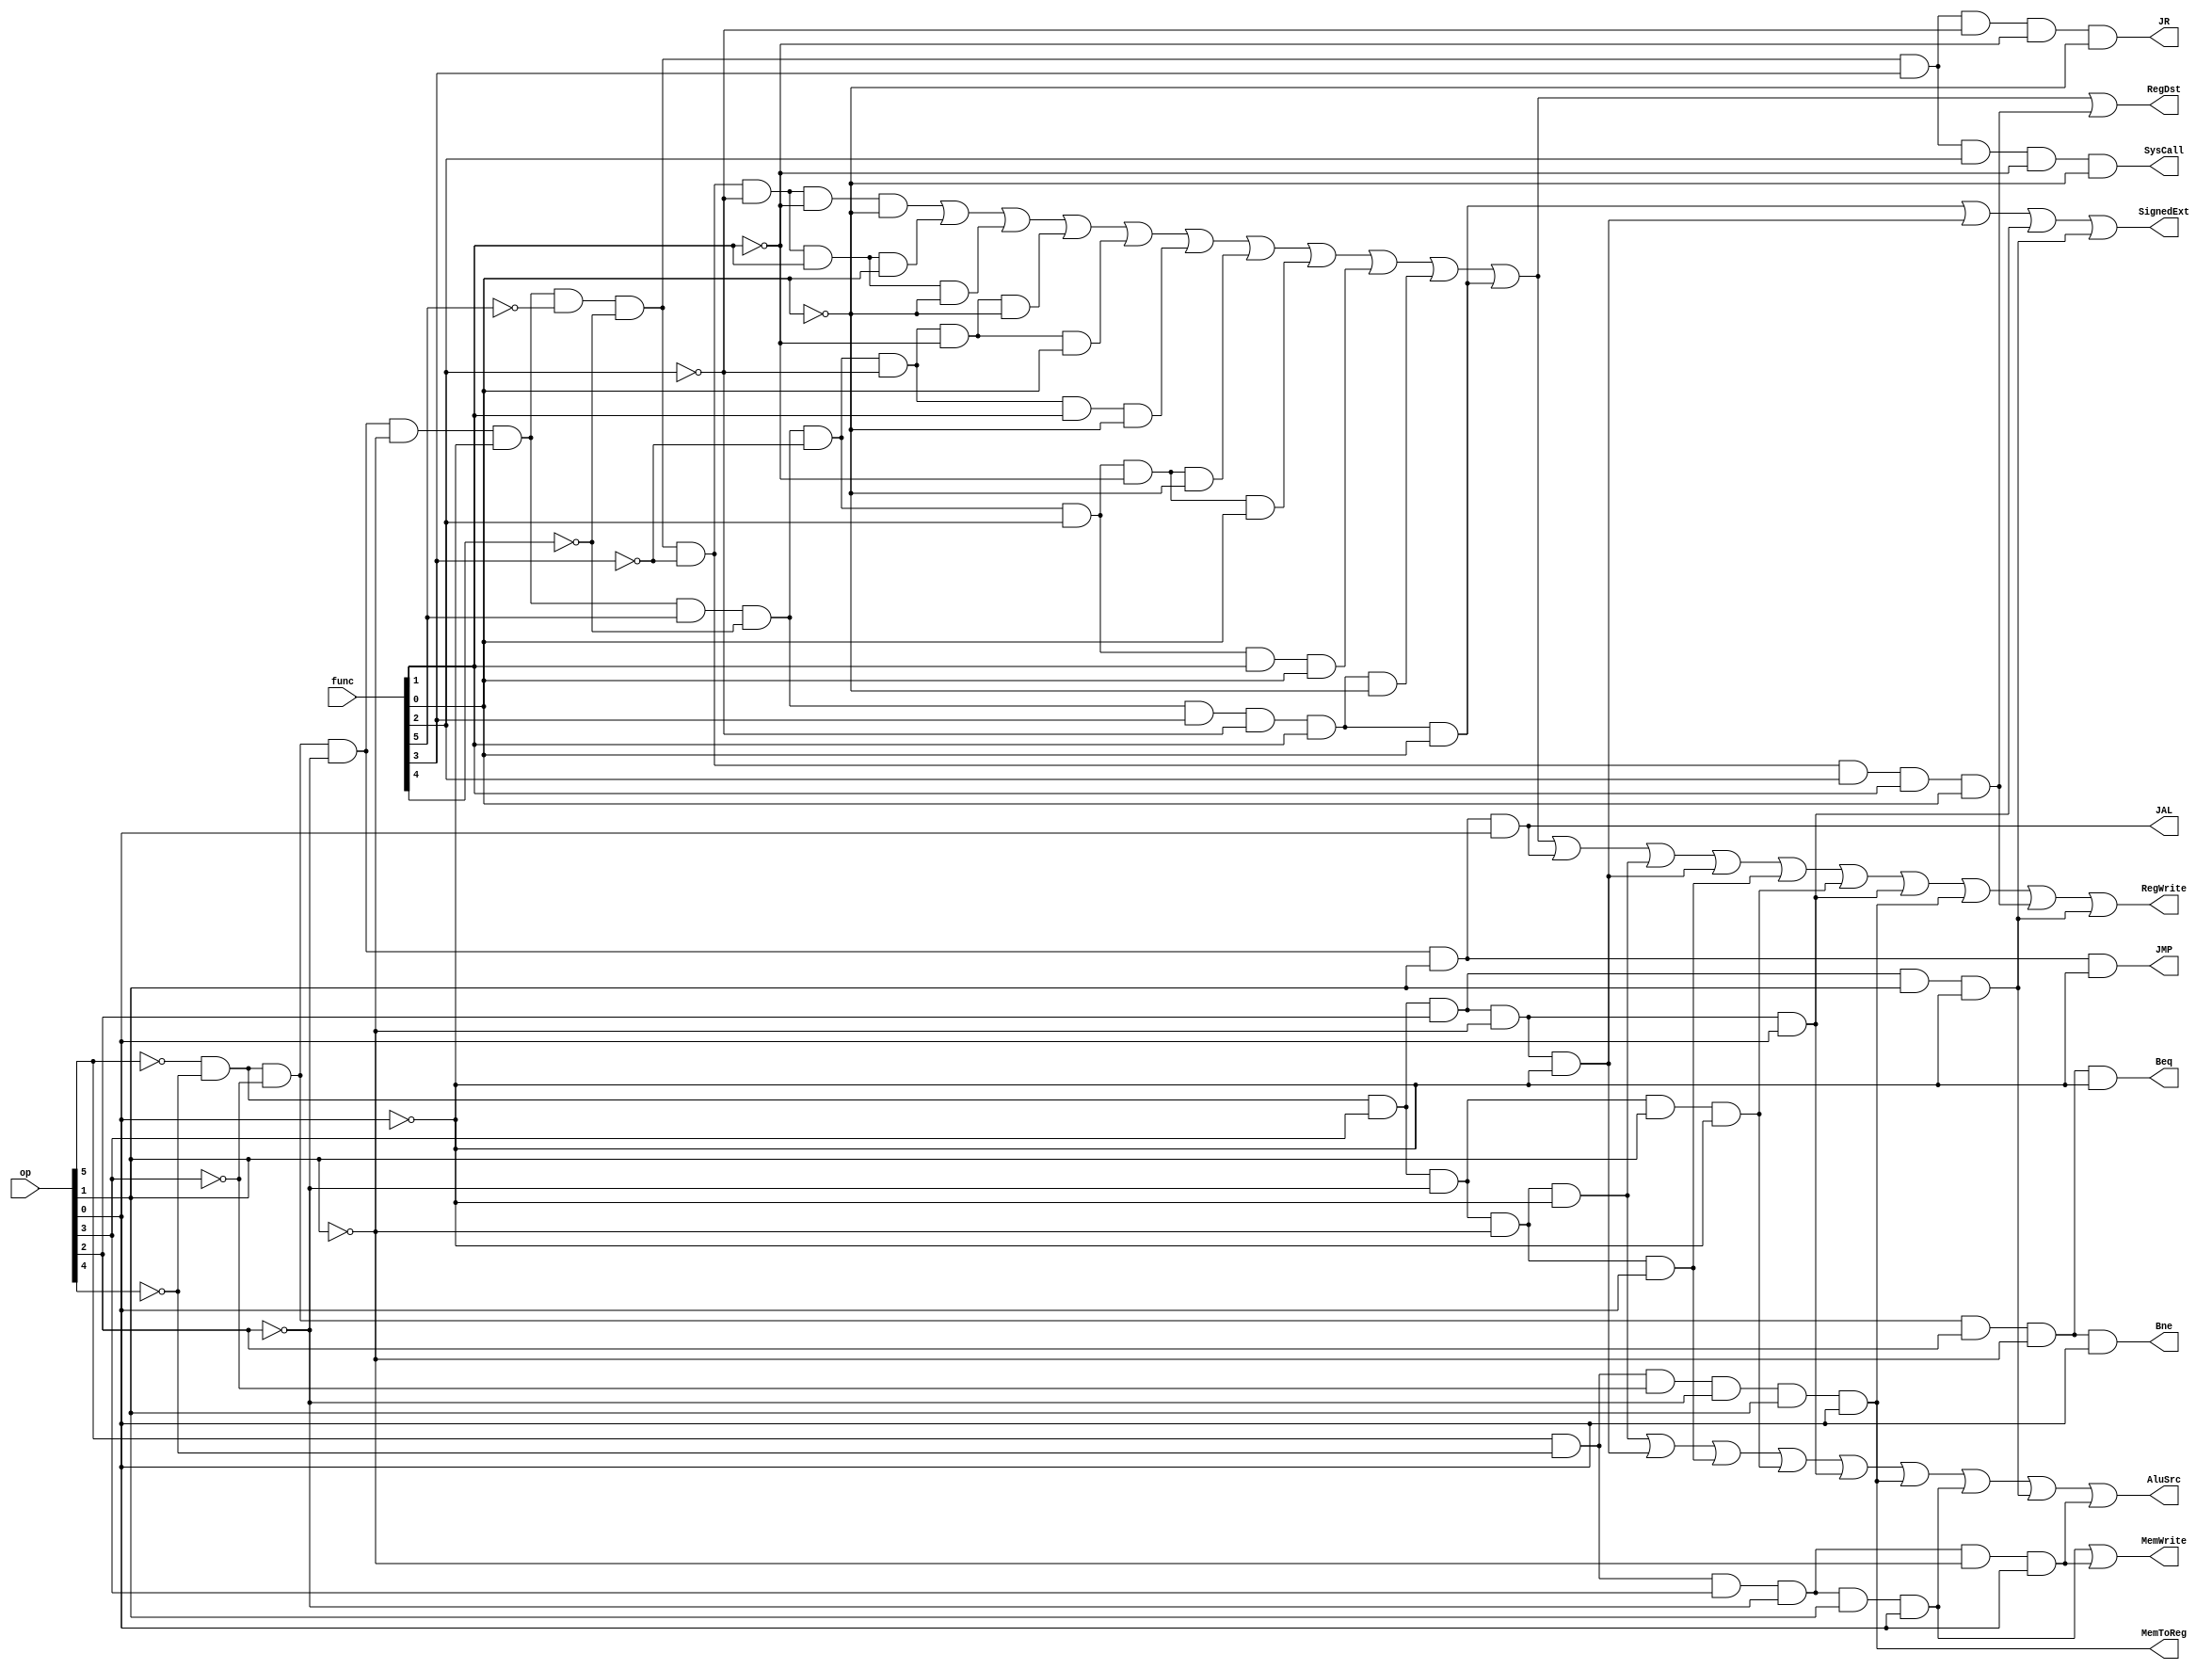
`timescale 1ns / 1ps

module ControlSignal(op, func, MemToReg, MemWrite, AluSrc, RegWrite,
                     SysCall, SignedExt, RegDst, Beq, Bne, JR, JMP, JAL);
    input wire [5:0] op, func;
    output reg MemToReg, MemWrite, AluSrc,
               RegWrite, SysCall, SignedExt,
               RegDst, Beq, Bne, JR, JMP, JAL;
    
    wire OP0, OP1, OP2, OP3, OP4, OP5;
    wire F5, F4, F3, F2, F1, F0;
    assign {F5, F4, F3, F2, F1, F0} = func;
    assign {OP5, OP4, OP3, OP2, OP1, OP0} = op;
    
    always @(op, func)
    begin
        MemToReg <= OP5&~OP4&~OP3&~OP2&OP1&OP0;
        MemWrite <= OP5&~OP4&OP3&~OP2&OP1&OP0 |
        OP5&~OP4&OP3&~OP2&~OP1&OP0;
        AluSrc <= ~OP5&~OP4&OP3&~OP2&~OP1&~OP0 |
        ~OP5&~OP4&OP3&OP2&~OP1&~OP0 | 
        ~OP5&~OP4&OP3&~OP2&~OP1&OP0 | 
        ~OP5&~OP4&OP3&~OP2&OP1&~OP0 | 
        ~OP5&~OP4&OP3&OP2&~OP1&OP0 | 
        OP5&~OP4&~OP3&~OP2&OP1&OP0 | 
        OP5&~OP4&OP3&~OP2&OP1&OP0 | 
        ~OP5&~OP4&OP3&OP2&OP1&~OP0 | 
        OP5&~OP4&OP3&~OP2&~OP1&OP0;
        RegWrite <= ~OP5&~OP4&~OP3&~OP2&~OP1&~OP0&~F5&~F4&~F3&~F2&~F1&~F0 |
        ~OP5&~OP4&~OP3&~OP2&~OP1&~OP0&~F5&~F4&~F3&~F2&F1&F0 | 
        ~OP5&~OP4&~OP3&~OP2&~OP1&~OP0&~F5&~F4&~F3&~F2&F1&~F0 | 
        ~OP5&~OP4&~OP3&~OP2&~OP1&~OP0&F5&~F4&~F3&~F2&~F1&~F0 | 
        ~OP5&~OP4&~OP3&~OP2&~OP1&~OP0&F5&~F4&~F3&~F2&~F1&F0 | 
        ~OP5&~OP4&~OP3&~OP2&~OP1&~OP0&F5&~F4&~F3&~F2&F1&~F0 | 
        ~OP5&~OP4&~OP3&~OP2&~OP1&~OP0&F5&~F4&~F3&F2&~F1&~F0 | 
        ~OP5&~OP4&~OP3&~OP2&~OP1&~OP0&F5&~F4&~F3&F2&~F1&F0 | 
        ~OP5&~OP4&~OP3&~OP2&~OP1&~OP0&F5&~F4&~F3&F2&F1&F0 | 
        ~OP5&~OP4&~OP3&~OP2&~OP1&~OP0&F5&~F4&F3&~F2&F1&~F0 | 
        ~OP5&~OP4&~OP3&~OP2&~OP1&~OP0&F5&~F4&F3&~F2&F1&F0 | 
        ~OP5&~OP4&~OP3&~OP2&OP1&OP0 | 
        ~OP5&~OP4&OP3&~OP2&~OP1&~OP0 | 
        ~OP5&~OP4&OP3&OP2&~OP1&~OP0 | 
        ~OP5&~OP4&OP3&~OP2&~OP1&OP0 | 
        ~OP5&~OP4&OP3&~OP2&OP1&~OP0 | 
        ~OP5&~OP4&OP3&OP2&~OP1&OP0 | 
        OP5&~OP4&~OP3&~OP2&OP1&OP0 | 
        ~OP5&~OP4&~OP3&~OP2&~OP1&~OP0&~F5&~F4&~F3&F2&F1&F0 | 
        ~OP5&~OP4&OP3&OP2&OP1&~OP0;
        SysCall <= ~OP5&~OP4&~OP3&~OP2&~OP1&~OP0&~F5&~F4&F3&F2&~F1&~F0;
        SignedExt <= ~OP5&~OP4&~OP3&~OP2&~OP1&~OP0&F5&~F4&F3&~F2&F1&F0 |
        ~OP5&~OP4&OP3&OP2&~OP1&~OP0 | 
        ~OP5&~OP4&OP3&OP2&~OP1&OP0 | 
        ~OP5&~OP4&OP3&OP2&OP1&~OP0;
        RegDst <= ~OP5&~OP4&~OP3&~OP2&~OP1&~OP0&~F5&~F4&~F3&~F2&~F1&~F0 |
        ~OP5&~OP4&~OP3&~OP2&~OP1&~OP0&~F5&~F4&~F3&~F2&F1&F0 | 
        ~OP5&~OP4&~OP3&~OP2&~OP1&~OP0&~F5&~F4&~F3&~F2&F1&~F0 | 
        ~OP5&~OP4&~OP3&~OP2&~OP1&~OP0&F5&~F4&~F3&~F2&~F1&~F0 | 
        ~OP5&~OP4&~OP3&~OP2&~OP1&~OP0&F5&~F4&~F3&~F2&~F1&F0 | 
        ~OP5&~OP4&~OP3&~OP2&~OP1&~OP0&F5&~F4&~F3&~F2&F1&~F0 | 
        ~OP5&~OP4&~OP3&~OP2&~OP1&~OP0&F5&~F4&~F3&F2&~F1&~F0 | 
        ~OP5&~OP4&~OP3&~OP2&~OP1&~OP0&F5&~F4&~F3&F2&~F1&F0 | 
        ~OP5&~OP4&~OP3&~OP2&~OP1&~OP0&F5&~F4&~F3&F2&F1&F0 | 
        ~OP5&~OP4&~OP3&~OP2&~OP1&~OP0&F5&~F4&F3&~F2&F1&~F0 | 
        ~OP5&~OP4&~OP3&~OP2&~OP1&~OP0&F5&~F4&F3&~F2&F1&F0 | 
        ~OP5&~OP4&~OP3&~OP2&~OP1&~OP0&~F5&~F4&~F3&F2&F1&F0;
        Beq <= ~OP5&~OP4&~OP3&OP2&~OP1&~OP0;
        Bne <= ~OP5&~OP4&~OP3&OP2&~OP1&OP0;
        JR <= ~OP5&~OP4&~OP3&~OP2&~OP1&~OP0&~F5&~F4&F3&~F2&~F1&~F0;
        JMP <= ~OP5&~OP4&~OP3&~OP2&OP1&~OP0;
        JAL <= ~OP5&~OP4&~OP3&~OP2&OP1&OP0;
    end

endmodule